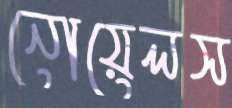
নোয়েলস